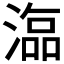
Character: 𣻙